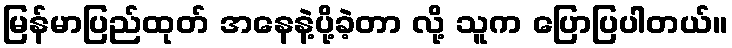
မြန်မာပြည်ထုတ် အနေနဲ့ပို့ခဲ့တာ လို့ သူက ပြောပြပါတယ်။